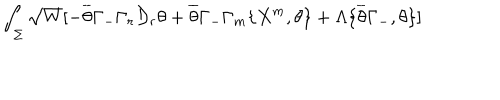
LaTeX: \int _ { \Sigma } \sqrt { W } [ - \overline { { { \theta } } } \Gamma _ { - } \Gamma _ { r } \mathcal { D } _ { r } \theta + \overline { { { \theta } } } \Gamma _ { - } \Gamma _ { m } \{ X ^ { m } , \theta \} + \Lambda \{ \overline { { { \theta } } } \Gamma _ { - } , \theta \} ]